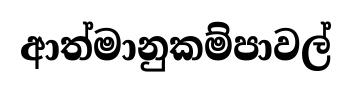
ආත්මානුකම්පාවල්